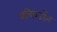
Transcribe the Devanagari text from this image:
सचिवजॉन